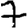
Digit: 7